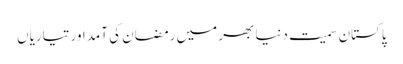
پاکستان سمیت دنیا بھر میں رمضان کی آمد اور تیاریاں